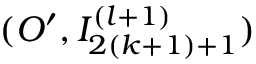
( O ^ { \prime } , I _ { 2 ( k + 1 ) + 1 } ^ { ( l + 1 ) } )